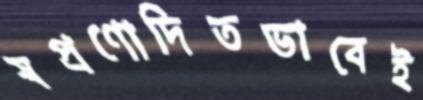
স্বপ্রণোদিতভাবেই